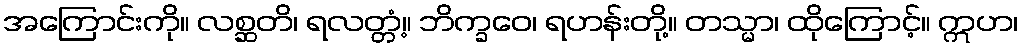
အကြောင်းကို။ လစ္ဆတိ၊ ရလတ္တံ့။ ဘိက္ခဝေ၊ ရဟန်းတို့။ တသ္မာ၊ ထိုကြောင့်။ ဣဟ၊